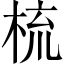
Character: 梳